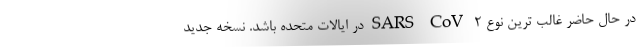
در حال حاضر غالب ترین نوع SARS-CoV-۲ در ایالات متحده باشد. نسخه جدید